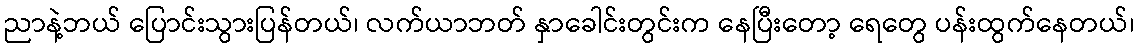
ညာနဲ့ဘယ် ပြောင်းသွားပြန်တယ်၊ လက်ယာဘတ် နှာခေါင်းတွင်းက နေပြီးတော့ ရေတွေ ပန်းထွက်နေတယ်၊